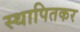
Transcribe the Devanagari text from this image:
स्थापितकर